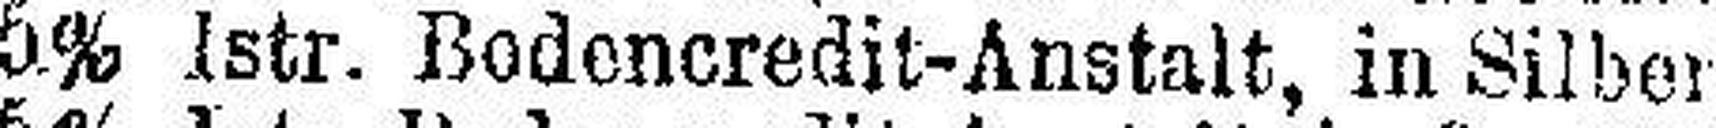
5% Istr. Bodencredit-Anstalt, in Silber